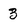
Character: 3